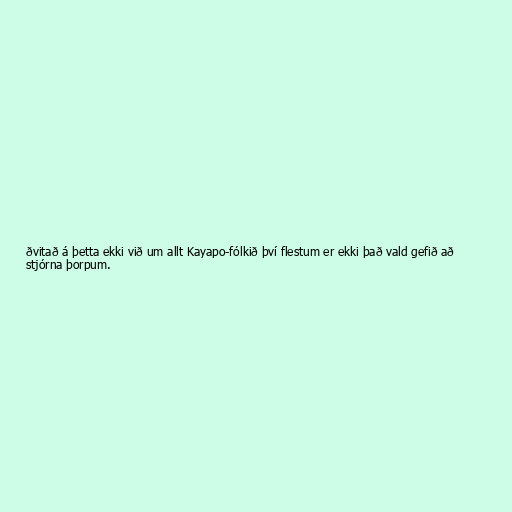
ðvitað á þetta ekki við um allt Kayapo-fólkið því flestum er ekki það vald gefið að
stjórna þorpum.